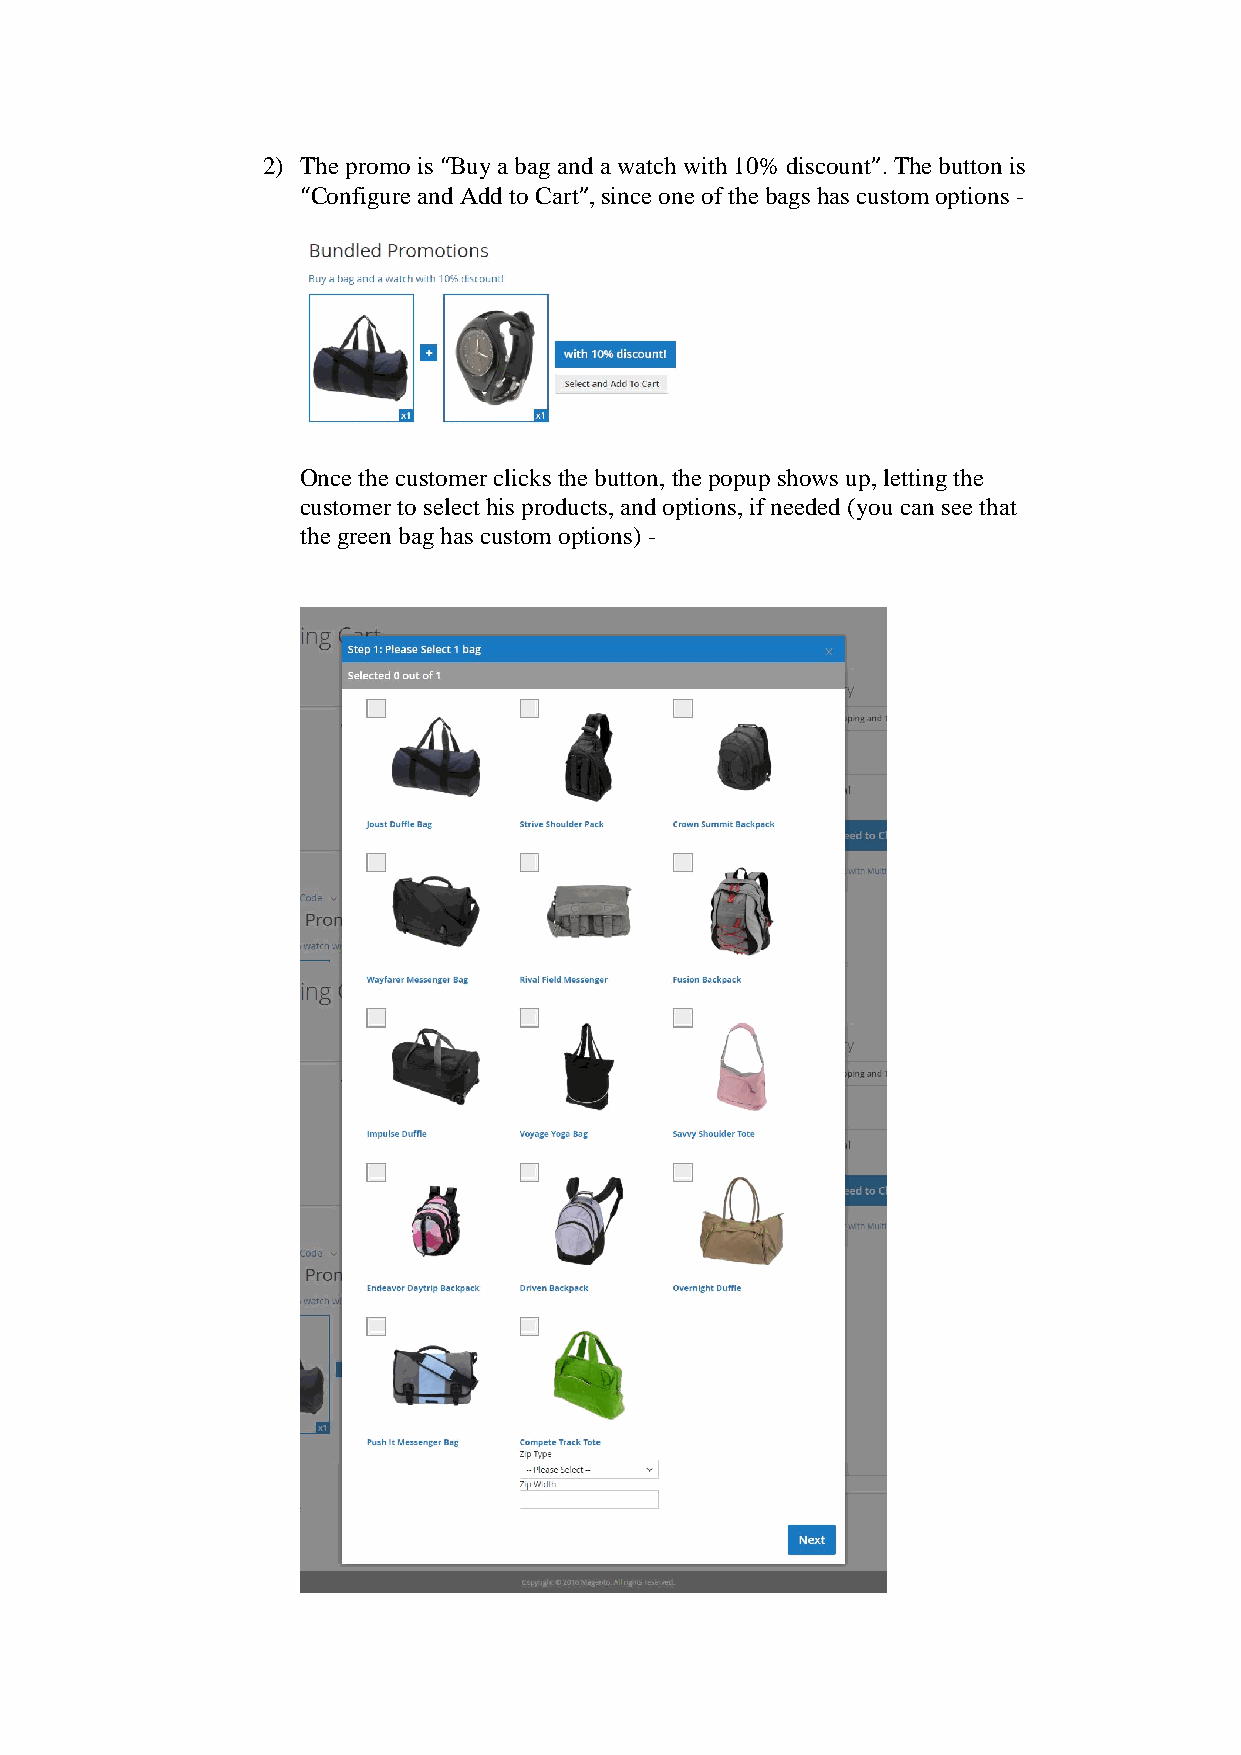
2) The promo is “Buy a bag and a watch with 10% discount”. The button is
 “Configure and Add to Cart”, since one of the bags has custom options -
 Once the customer clicks the button, the popup shows up, letting the
 customer to select his products, and options, if needed (you can see that
 the green bag has custom options) -